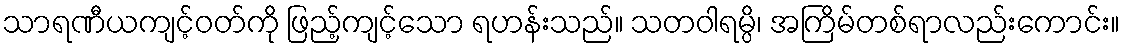
သာရဏီယကျင့်ဝတ်ကို ဖြည့်ကျင့်သော ရဟန်းသည်။ သတဝါရမ္ပိ၊ အကြိမ်တစ်ရာလည်းကောင်း။